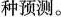
种预测。